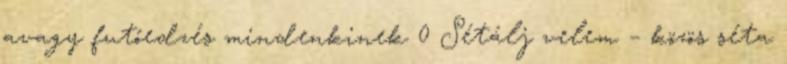
avagy futóedzés mindenkinek 0 Sétálj velem – közös séta